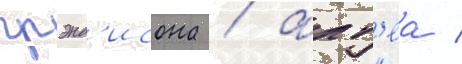
грэнд'исона / алт'еа /